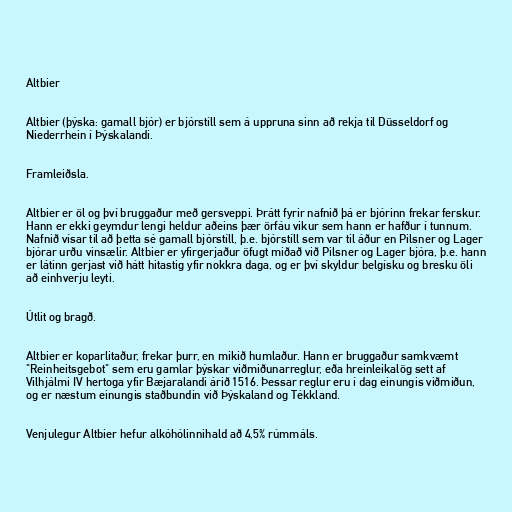
Altbier

Altbier (þýska: gamall bjór) er bjórstíll sem á uppruna sinn að rekja til Düsseldorf og
Niederrhein í Þýskalandi.

Framleiðsla.

Altbier er öl og því bruggaður með gersveppi. Þrátt fyrir nafnið þá er bjórinn frekar ferskur.
Hann er ekki geymdur lengi heldur aðeins þær örfáu vikur sem hann er hafður í tunnum.
Nafnið vísar til að þetta sé gamall bjórstíll, þ.e. bjórstíll sem var til áður en Pilsner og Lager
bjórar urðu vinsælir. Altbier er yfirgerjaður öfugt miðað við Pilsner og Lager bjóra, þ.e. hann
er látinn gerjast við hátt hitastig yfir nokkra daga, og er því skyldur belgísku og bresku öli
að einhverju leyti.

Útlit og bragð.

Altbier er koparlitaður, frekar þurr, en mikið humlaður. Hann er bruggaður samkvæmt
"Reinheitsgebot" sem eru gamlar þýskar viðmiðunarreglur, eða hreinleikalög sett af
Vilhjálmi IV hertoga yfir Bæjaralandi árið 1516. Þessar reglur eru í dag einungis viðmiðun,
og er næstum einungis staðbundin við Þýskaland og Tékkland.

Venjulegur Altbier hefur alkóhólinnihald að 4,5% rúmmáls.